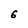
Character: 6